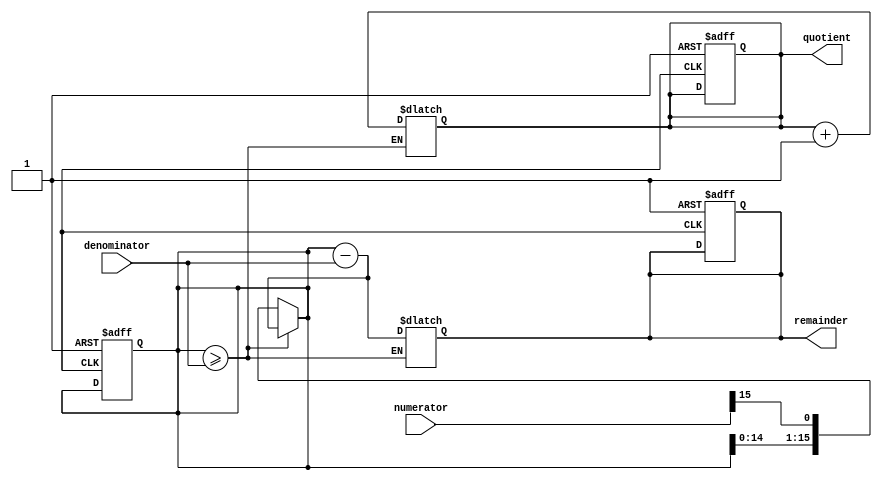
module shift_and_subtract_divider (
    input wire [15:0] numerator,
    input wire [15:0] denominator,
    output reg [15:0] quotient,
    output reg [15:0] remainder
);

reg [15:0] shift_reg;
reg [15:0] subtract_result;

reg [15:0] counter;

always @ (*) begin
    if (shift_reg >= denominator) begin
        subtract_result = shift_reg - denominator;
        shift_reg <= subtract_result;
        quotient <= quotient + 1;
    end else begin
        shift_reg <= {shift_reg[14:0], numerator[15]};
    end
end

always @ (posedge clk or negedge rst_n) begin
    if (!rst_n) begin
        shift_reg <= 16'h0000;
        subtract_result <= 16'h0000;
        quotient <= 16'h0000;
    end
end

assign remainder = subtract_result;

endmodule